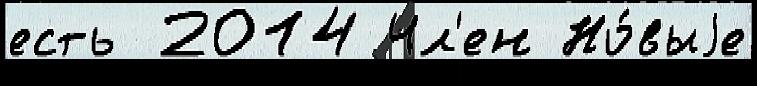
есть 2014 Чл'ен Но́выjе